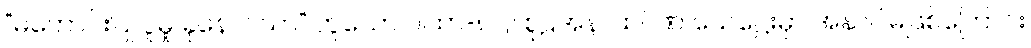
“မကောင်းပြု ပူမှု ခုနောင်သာ” ဟူသော ဂါထာ-၈၂။ စူဠအနာထပိဏ် သေဋ္ဌေးမှာ အနာဂါမ်ဖြစ်ကြောင်း